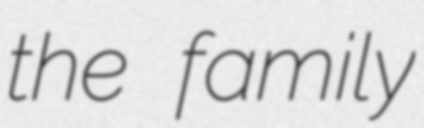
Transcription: the family